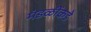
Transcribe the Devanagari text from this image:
मंडळींकडे